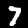
Label: 7